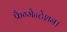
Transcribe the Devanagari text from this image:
फ्रैग्मेन्टेशन।